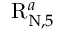
\mathrm { R } _ { \mathrm { N } , 5 } ^ { a }